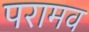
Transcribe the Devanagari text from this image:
परामव